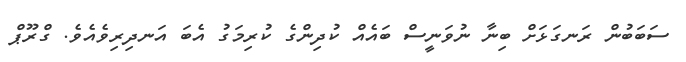
ސަބަބުން ރަނގަޅަށް ބިނާ ނުވަނީސް ބައެއް ކުދިންގެ ކުރިމަގު އެބަ އަނދިރިވެއެވެ. ގްރޫޕް